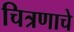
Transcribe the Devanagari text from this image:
चित्रणाचे